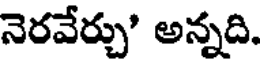
నెరవేర్చు' అన్నది.